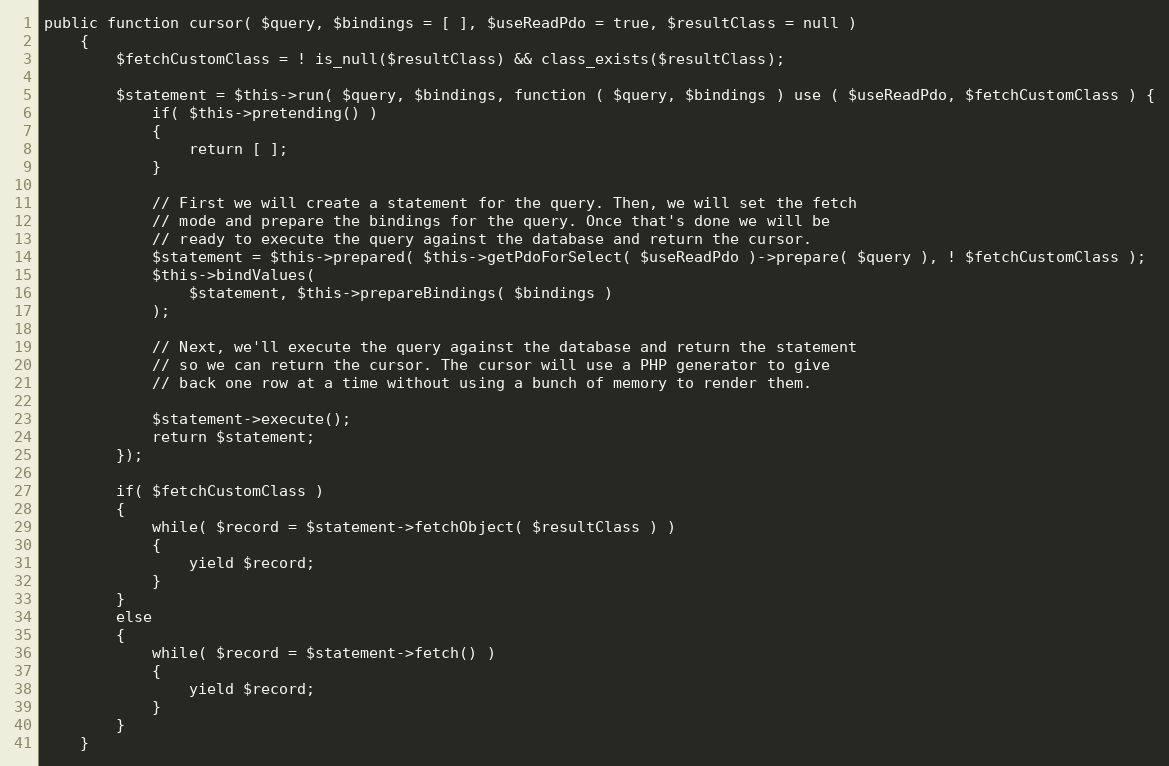
Language: PHP
public function cursor( $query, $bindings = [ ], $useReadPdo = true, $resultClass = null )
	{
		$fetchCustomClass = ! is_null($resultClass) && class_exists($resultClass);

		$statement = $this->run( $query, $bindings, function ( $query, $bindings ) use ( $useReadPdo, $fetchCustomClass ) {
			if( $this->pretending() )
			{
				return [ ];
			}

			// First we will create a statement for the query. Then, we will set the fetch
			// mode and prepare the bindings for the query. Once that's done we will be
			// ready to execute the query against the database and return the cursor.
			$statement = $this->prepared( $this->getPdoForSelect( $useReadPdo )->prepare( $query ), ! $fetchCustomClass );
			$this->bindValues(
				$statement, $this->prepareBindings( $bindings )
			);

			// Next, we'll execute the query against the database and return the statement
			// so we can return the cursor. The cursor will use a PHP generator to give
			// back one row at a time without using a bunch of memory to render them.

			$statement->execute();
			return $statement;
		});

		if( $fetchCustomClass )
		{
			while( $record = $statement->fetchObject( $resultClass ) )
			{
				yield $record;
			}
		}
		else
		{
			while( $record = $statement->fetch() )
			{
				yield $record;
			}
		}
	}